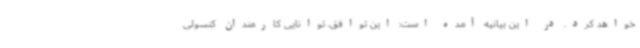
خواهد کرد. در این بیانیه آمده است: این توافق، توانایی کارمندان کنسولی